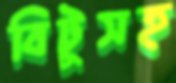
বিটুসহ